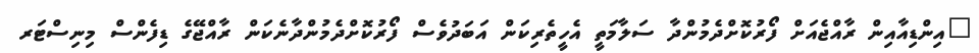
"އިންޑިއާއިން ރާއްޖެއަށް ފޯރުކޮށްދެމުންދާ ސަލާމަތީ އެހީތެރިކަން އަބަދުވެސް ފޯރުކޮށްދެމުންދާނެކަން ރާއްޖޭގެ ޑިފެންސް މިނިސްޓަރ